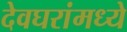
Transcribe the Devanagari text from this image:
देवघरांमध्ये